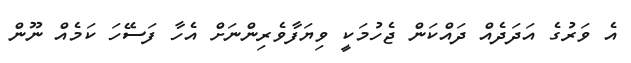
އެ ވަރުގެ އަދަދެއް ދައްކަން ޖެހުމަކީ ވިޔަފާވެރިންނަށް އެހާ ފަސޭހަ ކަމެއް ނޫން